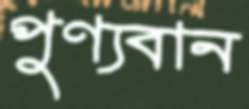
পুণ্যবান